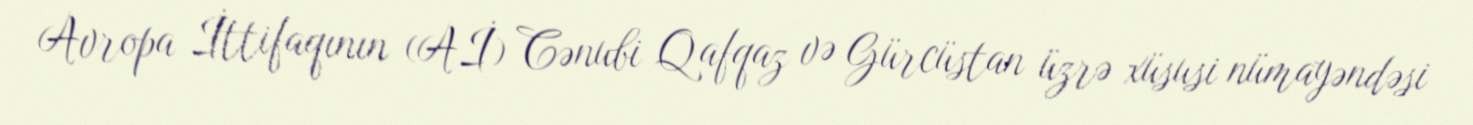
Avropa İttifaqının (Aİ) Cənubi Qafqaz və Gürcüstan üzrə xüsusi nümayəndəsi